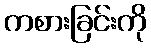
ကစားခြင်းကို